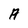
Character: A